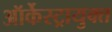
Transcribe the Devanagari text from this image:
ऑर्केस्ट्रायुक्त